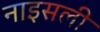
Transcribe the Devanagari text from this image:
नाइसली